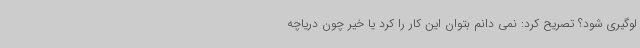
لوگیری شود؟ تصریح کرد: نمی دانم بتوان این کار را کرد یا خیر چون دریاچه